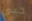
حبي